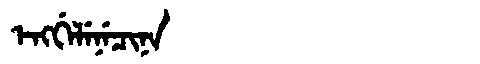
Manchu: ᡝᠩᡤᡝᠯᡝᠨᡝᠴᡳᠨᠠ
Romanization: ENGGELENECINA